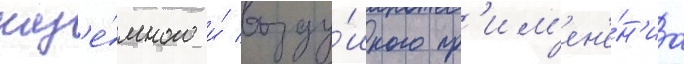
наз'е́много и́ возду́шного пр'им'ен'е́н'иа